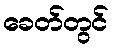
ခေတ်တွင်